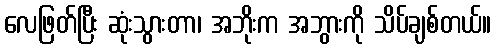
လေဖြတ်ပြီး ဆုံးသွားတာ၊ အဘိုးက အဘွားကို သိပ်ချစ်တယ်။